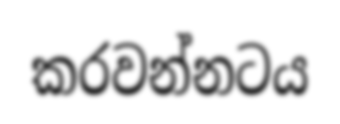
කරවන්නටය